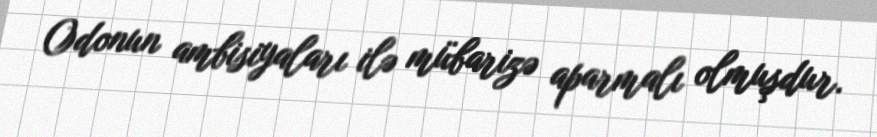
Odonun ambisiyaları ilə mübarizə aparmalı olmuşdur.